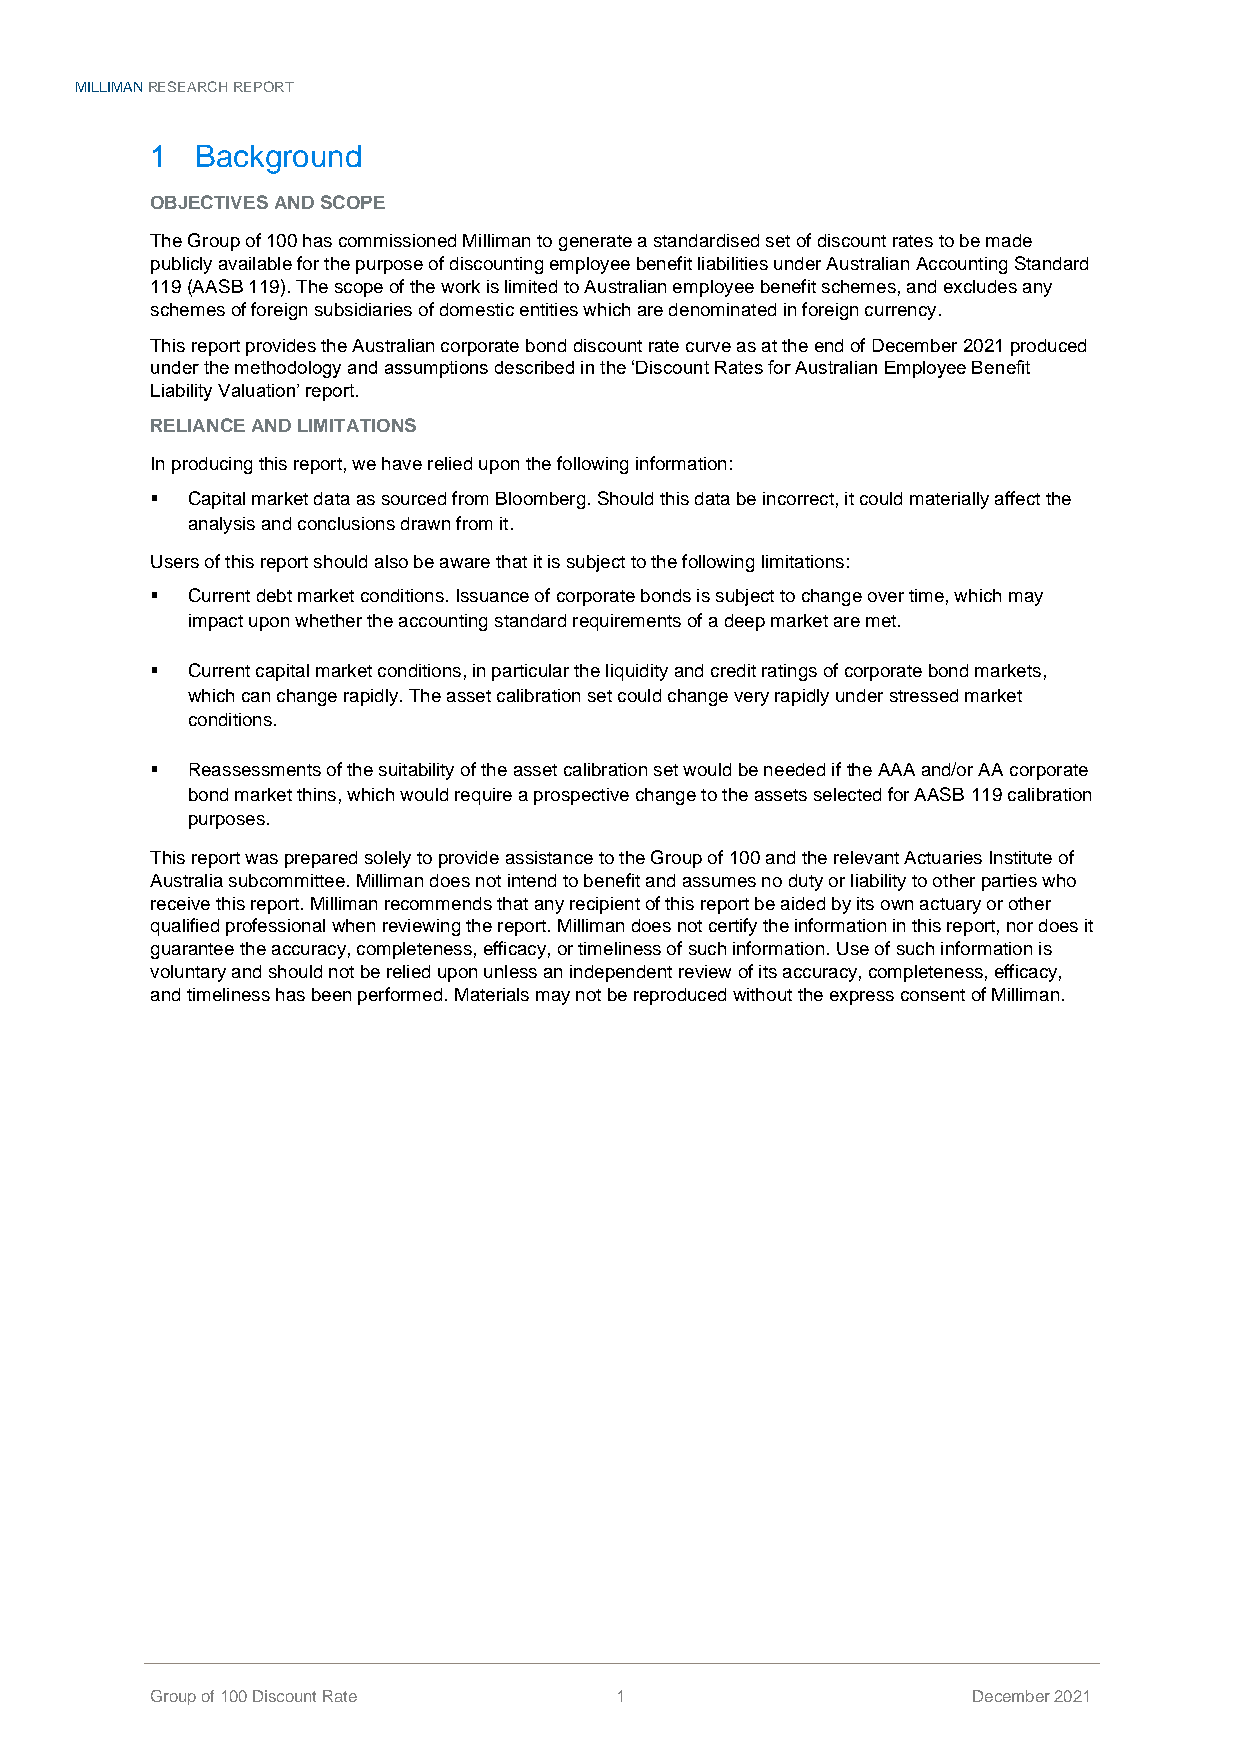
MILLIMAN RESEARCH REPORT
 1  Background
 OBJECTIVES AND SCOPE
 The Group of 100 has commissioned Milliman to generate a standardised set of discount rates to be made
 publicly available for the purpose of discounting employee benefit liabilities under Australian Accounting Standard
 119 (AASB 119). The scope of the work is limited to Australian employee benefit schemes, and excludes any
 schemes of foreign subsidiaries of domestic entities which are denominated in foreign currency.
 This report provides the Australian corporate bond discount rate curve as at the end of December 2021 produced
 under the methodology and assumptions described in the ‘Discount Rates for Australian Employee Benefit
 Liability Valuation’ report.
 RELIANCE AND LIMITATIONS
 In producing this report, we have relied upon the following information:
 ▪ Capital market data as sourced from Bloomberg. Should this data be incorrect, it could materially affect the
 analysis and conclusions drawn from it.
 Users of this report should also be aware that it is subject to the following limitations:
 ▪ Current debt market conditions. Issuance of corporate bonds is subject to change over time, which may
 impact upon whether the accounting standard requirements of a deep market are met.
 ▪ Current capital market conditions, in particular the liquidity and credit ratings of corporate bond markets,
 which can change rapidly. The asset calibration set could change very rapidly under stressed market
 conditions.
 ▪ Reassessments of the suitability of the asset calibration set would be needed if the AAA and/or AA corporate
 bond market thins, which would require a prospective change to the assets selected for AASB 119 calibration
 purposes.
 This report was prepared solely to provide assistance to the Group of 100 and the relevant Actuaries Institute of
 Australia subcommittee. Milliman does not intend to benefit and assumes no duty or liability to other parties who
 receive this report. Milliman recommends that any recipient of this report be aided by its own actuary or other
 qualified professional when reviewing the report. Milliman does not certify the information in this report, nor does it
 guarantee the accuracy, completeness, efficacy, or timeliness of such information. Use of such information is
 voluntary and should not be relied upon unless an independent review of its accuracy, completeness, efficacy,
 and timeliness has been performed. Materials may not be reproduced without the express consent of Milliman.
 Group of 100 Discount Rate     1                      December 2021